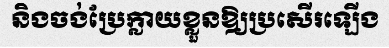
និងចង់ប្រែក្លាយខ្លួនឱ្យប្រសើរឡើង